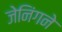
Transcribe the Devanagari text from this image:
जेनिंगने